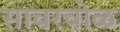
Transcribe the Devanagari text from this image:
सावरचोळ